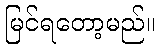
မြင်ရတော့မည်။